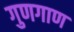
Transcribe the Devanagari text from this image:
गुणगाण